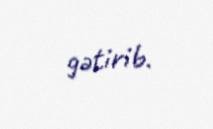
gətirib.